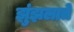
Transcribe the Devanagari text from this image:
झुंझलाते